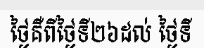
ថ្ងៃគឺពីថ្ងៃទី២៦ដល់ ថ្ងៃទី